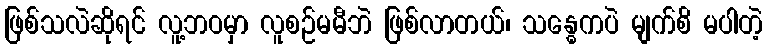
ဖြစ်သလဲဆိုရင် လူ့ဘဝမှာ လူစဉ်မမီဘဲ ဖြစ်လာတယ်၊ သန္ဓေကပဲ မျက်စိ မပါတဲ့